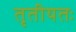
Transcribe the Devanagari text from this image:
तृतीयतः